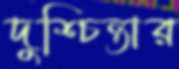
দুশ্চিন্তার